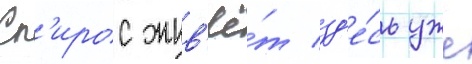
Сп'ирос жив'ё́т зд'е́сь уже